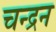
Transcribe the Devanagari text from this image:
चन्‍द्रन